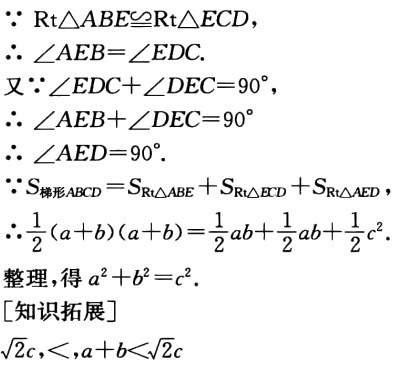
\begin{align*}
&\because \text{Rt}\triangle ABE\cong\text{Rt}\triangle ECD,\\
&\therefore \angle AEB = \angle EDC.\\
&\text{又}\because \angle EDC+\angle DEC = 90^{\circ},\\
&\therefore \angle AEB+\angle DEC = 90^{\circ}\\
&\therefore \angle AED = 90^{\circ}.\\
&\because S_{\text{梯形}ABCD}=S_{\text{Rt}\triangle ABE}+S_{\text{Rt}\triangle ECD}+S_{\text{Rt}\triangle AED},\\
&\therefore \frac{1}{2}(a + b)(a + b)=\frac{1}{2}ab+\frac{1}{2}ab+\frac{1}{2}c^{2}.\\
&\text{整理,得 }a^{2}+b^{2}=c^{2}.\\
&[\text{知识拓展}]\\
&\sqrt{2}c,<,a + b<\sqrt{2}c
\end{align*}